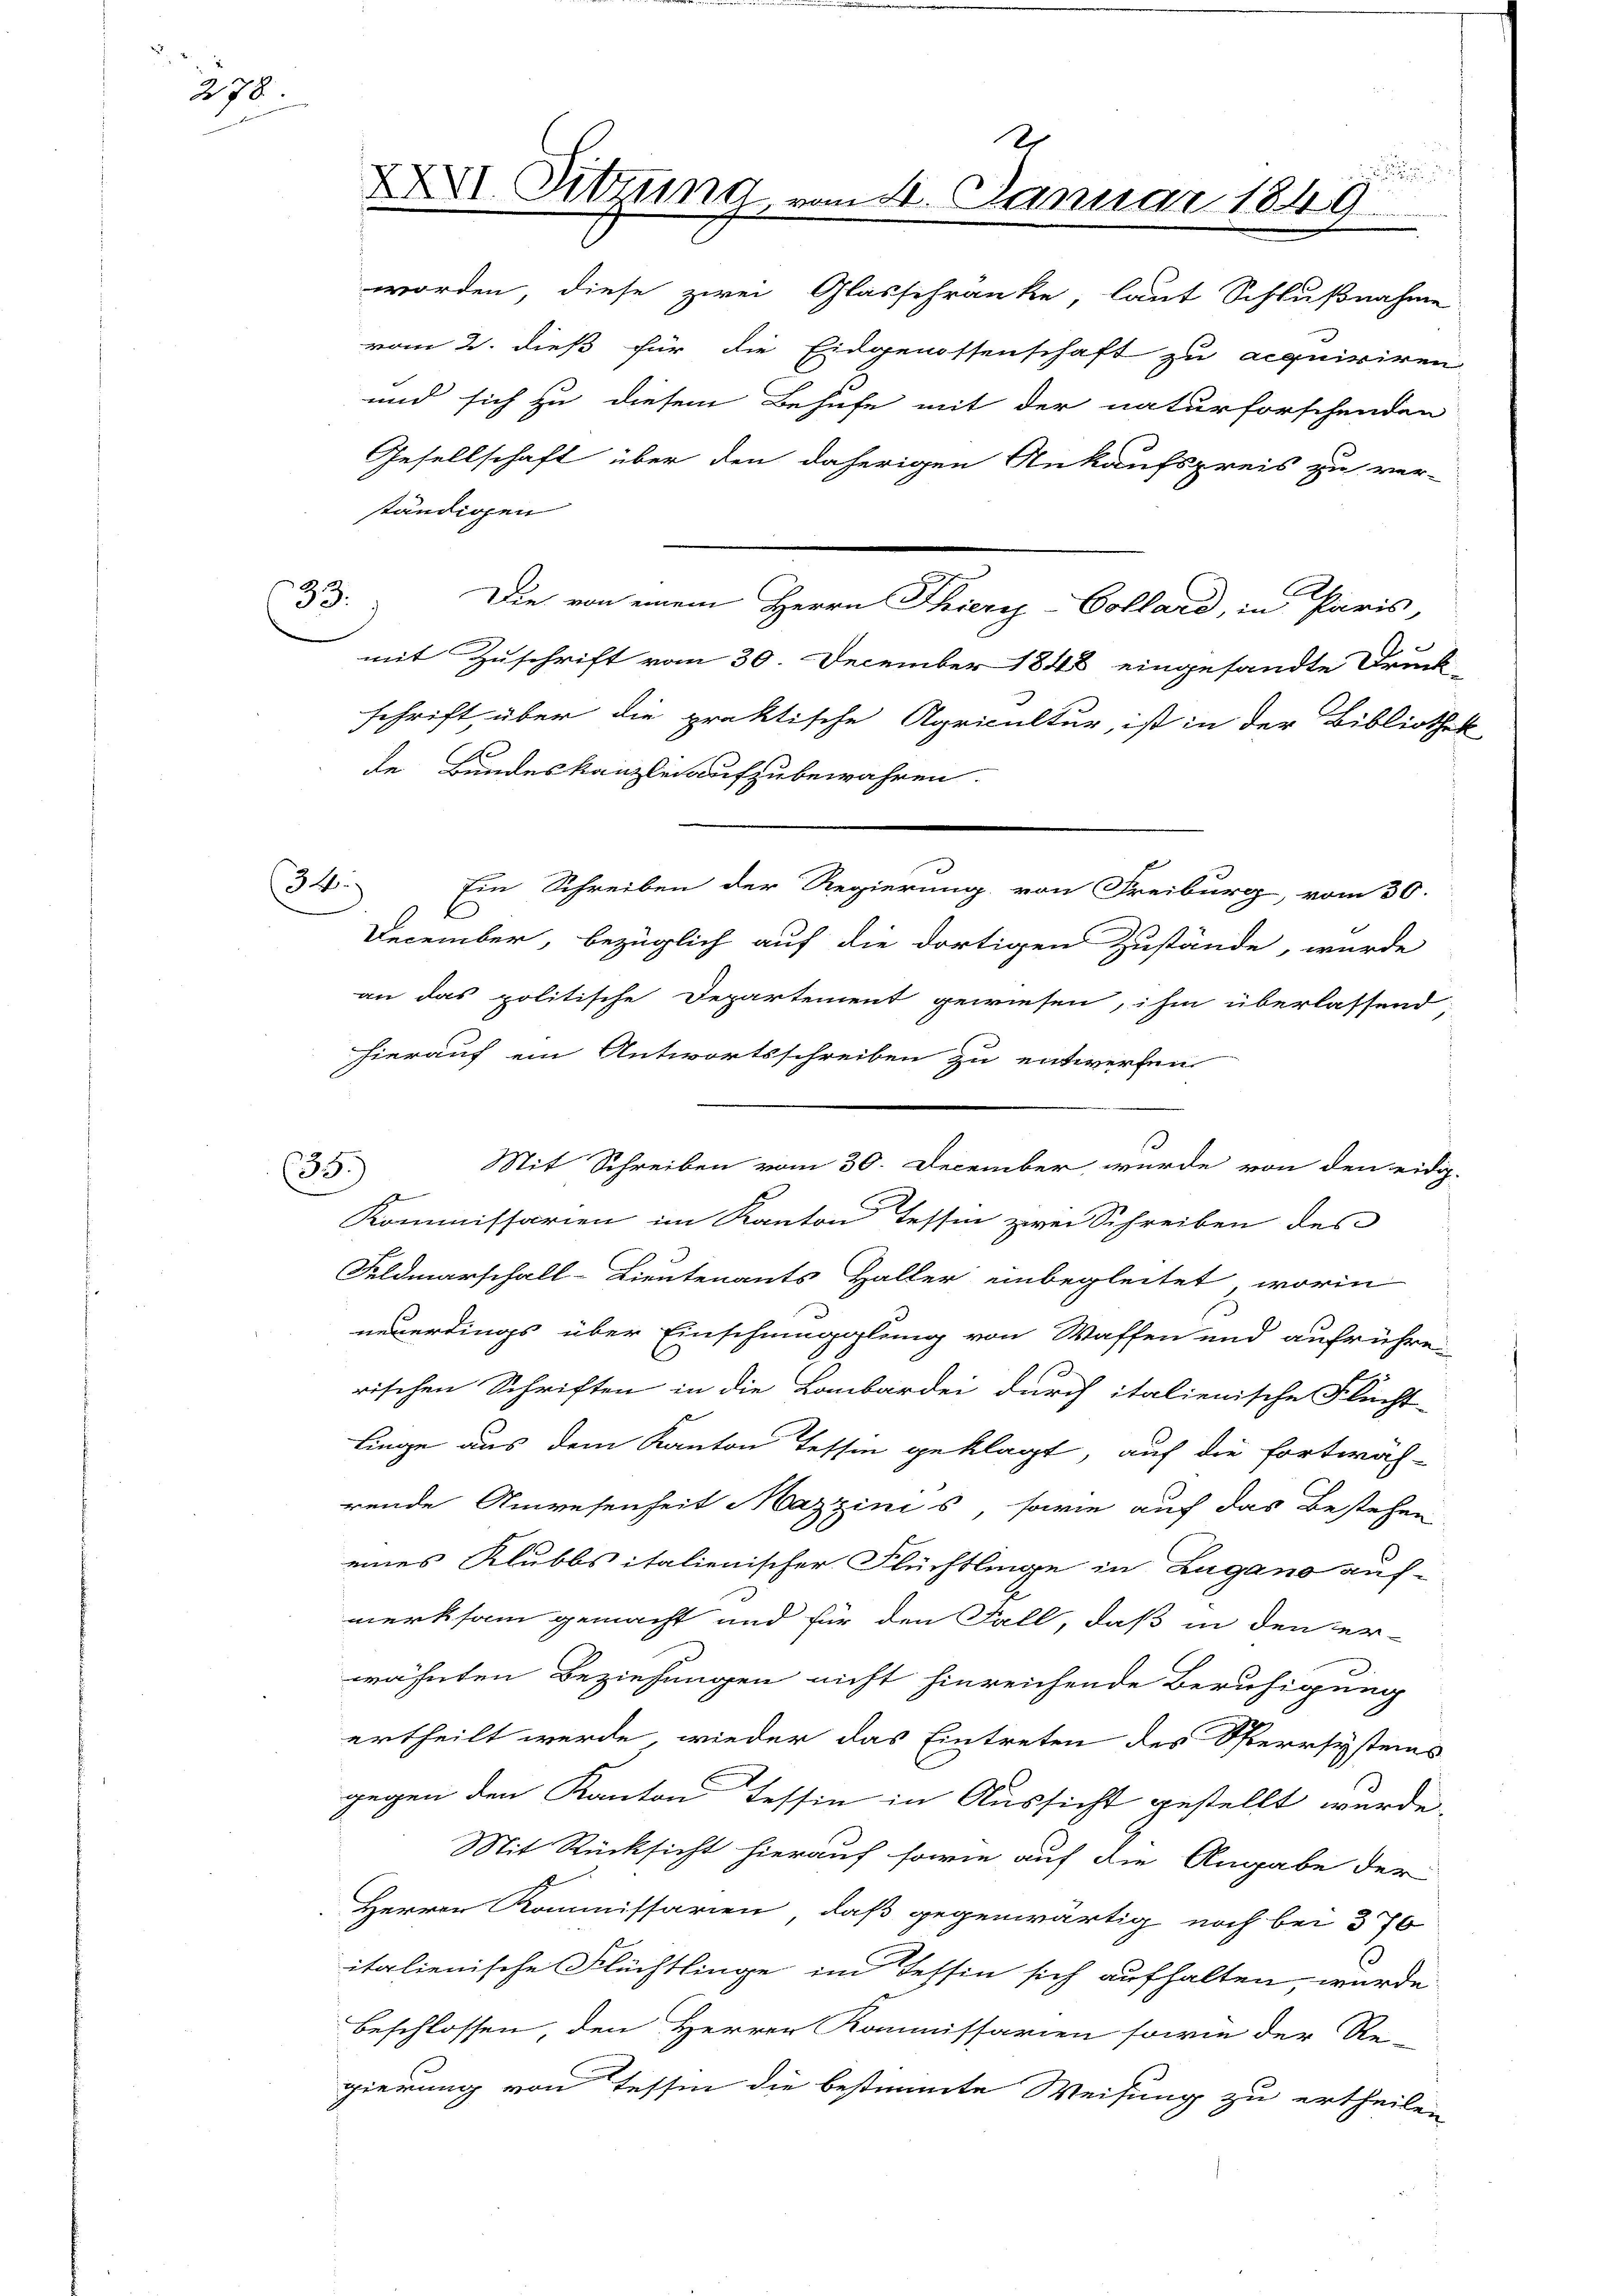
278.

ständigen
.
de Bundeskanzlei aufzubewahren.
Ein Schreiben der Regierung von Freiburg, vom 30.
December, bezüglich auf die dortigen Zustände, wurde
an das politische Departement gewiesen, ihm überlassend
hierauf ein Antwortsschreiben zu entwerfen
Kommissarien im Kanton Tessin zwei Schreiben des
Feldmarschall-Lieutenants Haller unbegleitet, worin
neuerdings über Einschmugglung von Waffen und aufrühre.
rischen Schriften in die Lombardei durch italienische Flucht
linge aus dem Kanton Tessin geklagt, auf die fortwäh-
rende Anwesenheit Mazzinis, sowie auch das Bestehen
eines Klubbs italienischer Flüchtlinge in Zugano auf-
merksam gemacht und für den Fall, daß in den er-
wähnten Beziehungen nicht hinreichende Beruhigung
ertheilt werde, wieder das Eintreten des Sperrsystems
gegen den Kanton Tessin in Aussicht gestellt wurde.
Mit Rücksicht hierauf sowie auf die Angabe der
Herren Kommissarien, daß gegenwärtig noch bei 376
italienische Flüchtlinge im Tessin sich aufhalten, wurde
beschlossen, den Herrer Kommissarien sowie der Re-
gierung von Tessin die bestimmte Weisung zu ertheilen

33.

4.)

33.)

XXVI. Sitzung

2. Januar 1849
worden, diese zwei Glasschranke, laut Schlußnahme
vom 2. dieß für die Eidgenossenschaft zu acquiriren
und sich zu diesem Behufe mit der naturforschenden
Gesellschaft über den daherigen Ankaufspreis zu ver-
Die von einem Herrn Thiery-Collard, in Paris,
mit Zuschrift vom 30. December 1848 eingesandte Druck-
schrift, über die praktische Agricultur, ist in der Bibliothek

Mit Schreiben vom 30. December wurde von den eidig